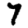
Digit: 7